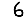
Digit: 6